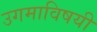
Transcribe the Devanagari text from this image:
उगमाविषयी